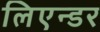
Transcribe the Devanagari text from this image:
लिएन्डर